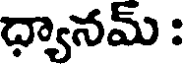
ధ్యానమ్ :